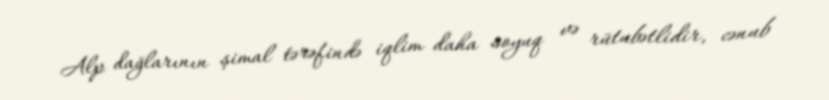
Alp dağlarının şimal tərəfində iqlim daha soyuq və rütubətlidir, cənub